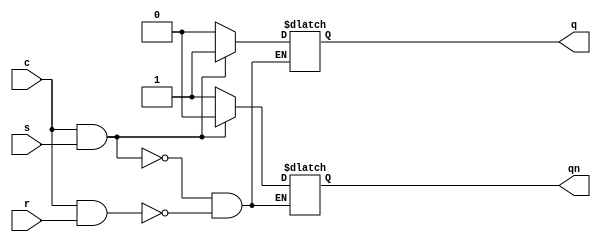
module SR_latch(s,r,c,q,qn);

input s,r,c;

output reg q;
output reg qn;

always @ (s,r,c)

if (c & s) 
    {q,qn} <= 2'b10;

else if (c & r)
    {q,qn} <= 2'b01;


endmodule